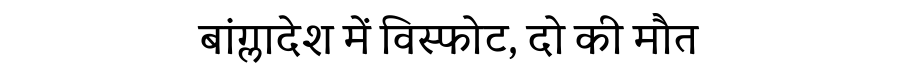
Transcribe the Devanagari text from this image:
बांग्लादेश में विस्फोट, दो की मौत